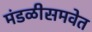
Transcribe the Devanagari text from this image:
मंडळीसमवेत